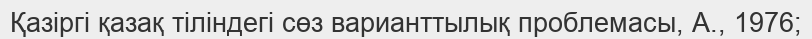
Қазіргі қазақ тіліндегі сөз варианттылық проблемасы, А., 1976;